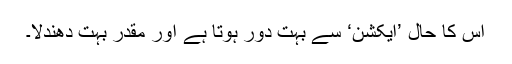
اس کا حال ’ایکشن‘ سے بہت دور ہوتا ہے اور مقدر بہت دھندلا۔